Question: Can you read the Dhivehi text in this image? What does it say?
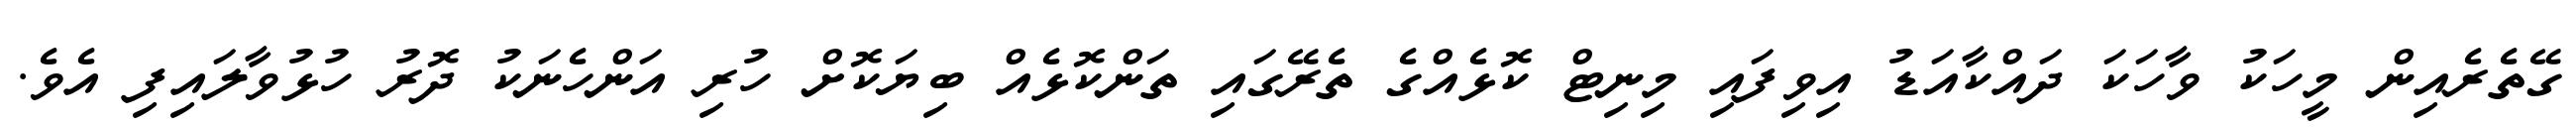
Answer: ގޭތެރެއިން މީހަކު ވާހަކަ ދައްކާއަޑު އިވިފައި މިނިޓް ކޮޅެއްގެ ތެރޭގައި ތަންކޮޅެއް ބިޔަކޮށް ހުރި އަންހެނަކު ދޮރު ހުޅުވާލައިފި އެވެ.